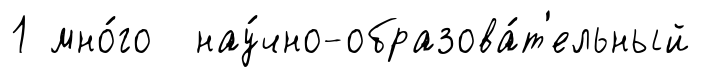
1 мно́го нау́чно-образова́т'ельный